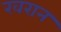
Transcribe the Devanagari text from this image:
खरान